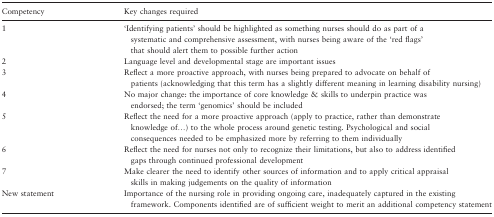
<table><thead><tr><td><b>Competency</b></td><td><b>Key changes required</b></td></tr></thead><tbody><tr><td>1</td><td>‘Identifying patients’ should be highlighted as something nurses should do as part of a systematic and comprehensive assessment, with nurses being aware of the ‘red flags’ that should alert them to possible further action</td></tr><tr><td>2</td><td>Language level and developmental stage are important issues</td></tr><tr><td>3</td><td>Reflect a more proactive approach, with nurses being prepared to advocate on behalf of patients (acknowledging that this term has a slightly different meaning in learning disability nursing)</td></tr><tr><td>4</td><td>No major change: the importance of core knowledge &amp; skills to underpin practice was endorsed; the term ‘genomics’ should be included</td></tr><tr><td>5</td><td>Reflect the need for a more proactive approach (apply to practice, rather than demonstrate knowledge of...) to the whole process around genetic testing. Psychological and social consequences needed to be emphasized more by referring to them individually</td></tr><tr><td>6</td><td>Reflect the need for nurses not only to recognize their limitations, but also to address identified gaps through continued professional development</td></tr><tr><td>7</td><td>Make clearer the need to identify other sources of information and to apply critical appraisal skills in making judgements on the quality of information</td></tr><tr><td>New statement</td><td>Importance of the nursing role in providing ongoing care, inadequately captured in the existing framework. Components identified are of sufficient weight to merit an additional competency statement</td></tr></tbody></table>